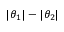
| \theta _ { 1 } | - | \theta _ { 2 } |